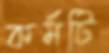
কর্মটি